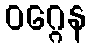
ဝဂ္ဂေန